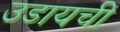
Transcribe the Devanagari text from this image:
उडायची